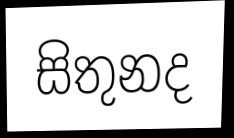
සිතුනද